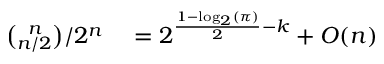
\begin{array} { r l } { { \binom { n } { n / 2 } } / 2 ^ { n } } & { { } = 2 ^ { { \frac { 1 - \log _ { 2 } ( \pi ) } { 2 } } - k } + O ( n ) } \end{array}